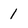
Character: 1